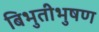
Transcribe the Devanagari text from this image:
बिभुतीभुषण